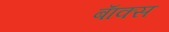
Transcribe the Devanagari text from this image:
बॅाक्स